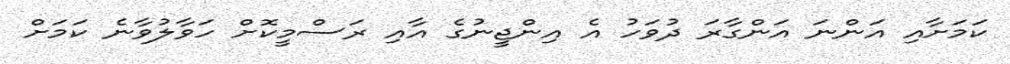
ކަމަށާއި އަންނަ އަންގާރަ ދުވަހު އެ އިންޖީނުގެ އާއި ރަަސްމީކޮށް ހަވާލުވާނެ ކަމަށް